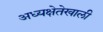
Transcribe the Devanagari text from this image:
अध्यक्षेतेखाली